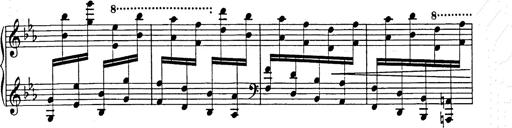
Title: Hungarian Rhapsody No.9
Composer: Franz Liszt
Key: E-flat major